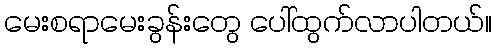
မေးစရာမေးခွန်းတွေ ပေါ်ထွက်လာပါတယ်။